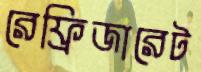
রেফ্রিজারেট